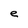
Character: e